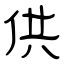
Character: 供